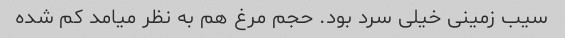
سیب زمینی خیلی سرد بود. حجم مرغ هم به نظر میامد کم شده